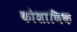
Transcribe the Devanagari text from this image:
कोशाणिक